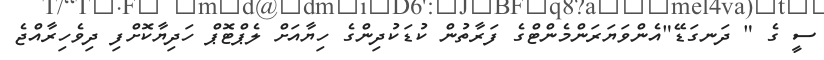
ސީ ގެ " ދަނގަޑޭ"އެންވަޔަރަންމެންޓްގެ ފަރާތުން ކުޑަކުދިންގެ ހިޔާއަށް ލެޕްޓޮޕް ހަދިޔާކޮށްފި ދިވެހިރާއްޖެ